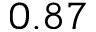
0 . 8 7